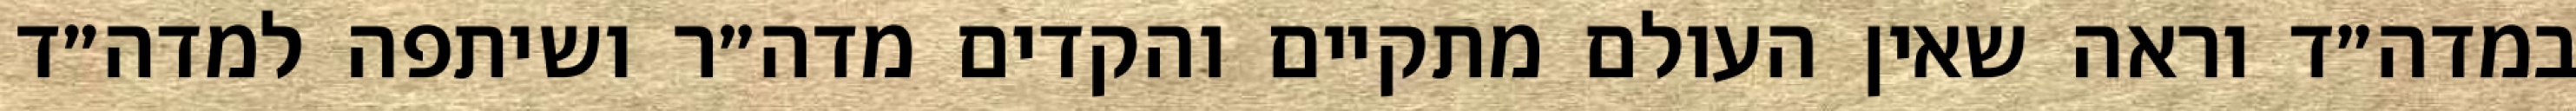
במדה״ד וראה שאין העולם מתקיים והקדים מדה״ר ושיתפה למדה״ד